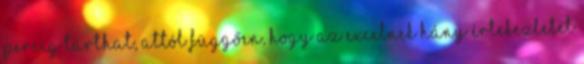
percig tarthat, attól függően, hogy az Excelnek hány értekezletet